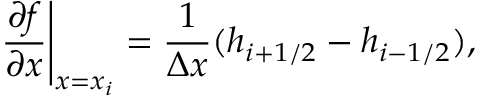
\left. \frac { \partial f } { \partial x } \right| _ { x = x _ { i } } = \frac { 1 } { \Delta x } ( h _ { i + 1 / 2 } - h _ { i - 1 / 2 } ) ,